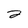
Character: 2